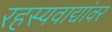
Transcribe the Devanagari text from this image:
रहस्यवाद्यांवर